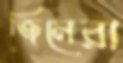
জিনেরা